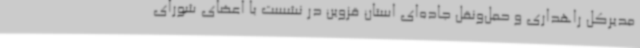
مدیرکل راهداری و حمل‌ونقل جاده‌ای استان قزوین در نشست با اعضای شورای